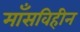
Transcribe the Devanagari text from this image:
माँसविहीन